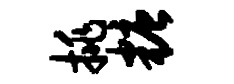
挑糖